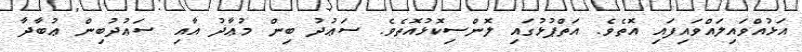
އަޅުއްވައިލައްވައިފައި އޮތެވެ. އަތްޕުޅުގައި ލޮންސިކޮޅުއޮތެވެ. ސަޢުދު ބިން މުޢާޛު އާއި ސަޢުދުބިން ޢުބާދާ